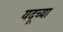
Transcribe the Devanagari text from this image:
यदूच्या